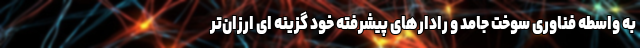
به واسطه فناوری سوخت جامد و رادارهای پیشرفته خود گزینه ای ارزان‌تر